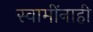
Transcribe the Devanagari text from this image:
स्वामींनाही